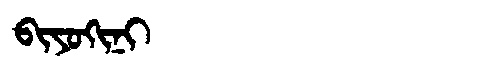
Manchu: ᠪᡳᠶᠣᡴᡳᠨᡳ
Romanization: BIYOKINI